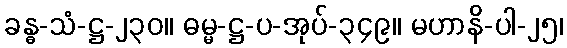
ခန္ဓ-သံ-ဋ္ဌ-၂၃၀။ ဓမ္မ-ဋ္ဌ-ပ-အုပ်-၃၄၉။ မဟာနိ-ပါ-၂၅၊